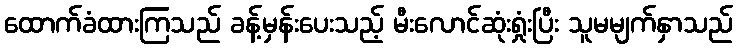
ထောက်ခံထားကြသည် ခန့်မှန်းပေးသည့် မီးလောင်ဆုံးရှုံးပြီး သူမမျက်နှာသည်